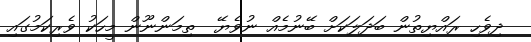
ދިވެހި ރައްޔިތުން ބަދަލަކަށް ބޭނުމެއް ނުވެޔޭ  ތިމަންނޫން މީހަކު ވެރިކަމުގައި